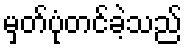
မှတ်ပုံတင်ခဲ့သည်